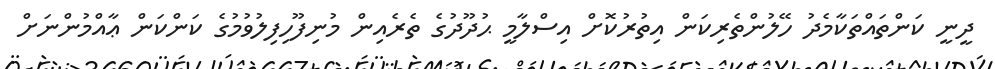
ދީނީ ކަންތައްތަކާމެދު ހޭލުންތެރިކަން އިތުރުކޮށް އިސްލާމީ ޙުދޫދުގެ ތެރެއިން މުނިފޫހިފިލުވުމުގެ ކަންކަން ޢާއްމުންނަށް